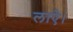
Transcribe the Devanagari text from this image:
लाऐ।